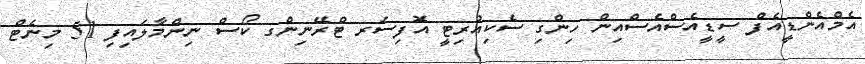
އެމްއެންޑީއެފް ސީޑީއެސްއެސްއިން ހިންގި ސެކިއުރިޓީ އޮފިސަރ ޓްރޭނިންގ ކޯސް ނިންމާލައިފި 51 މިނެޓް